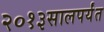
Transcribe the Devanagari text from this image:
२०१३सालपर्यंत